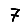
Digit: 7